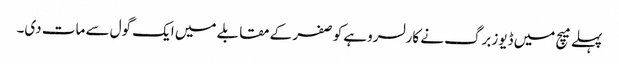
پہلے میچ میں ڈیوزبرگ نے کارلسروہے کو صفر کے مقابلے میں ایک گول سے مات دی۔